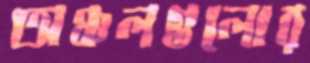
অঞ্চলগুলোর